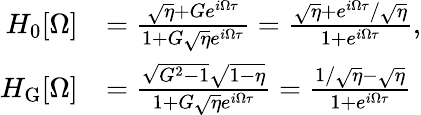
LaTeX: \begin{array}{rl}{H_{0}[\Omega]}&{=\frac{\sqrt{\eta}+Ge^{i\Omega\tau}}{1+G\sqrt{\eta}e^{i\Omega\tau}}=\frac{\sqrt{\eta}+e^{i\Omega\tau}/\sqrt{\eta}}{1+e^{i\Omega\tau}},}\\ {H_{\mathrm{G}}[\Omega]}&{=\frac{\sqrt{G^{2}-1}\sqrt{1-\eta}}{1+G\sqrt{\eta}e^{i\Omega\tau}}=\frac{1/\sqrt{\eta}-\sqrt{\eta}}{1+e^{i\Omega\tau}}}\end{array}